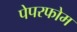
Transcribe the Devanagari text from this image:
पेपरफोम